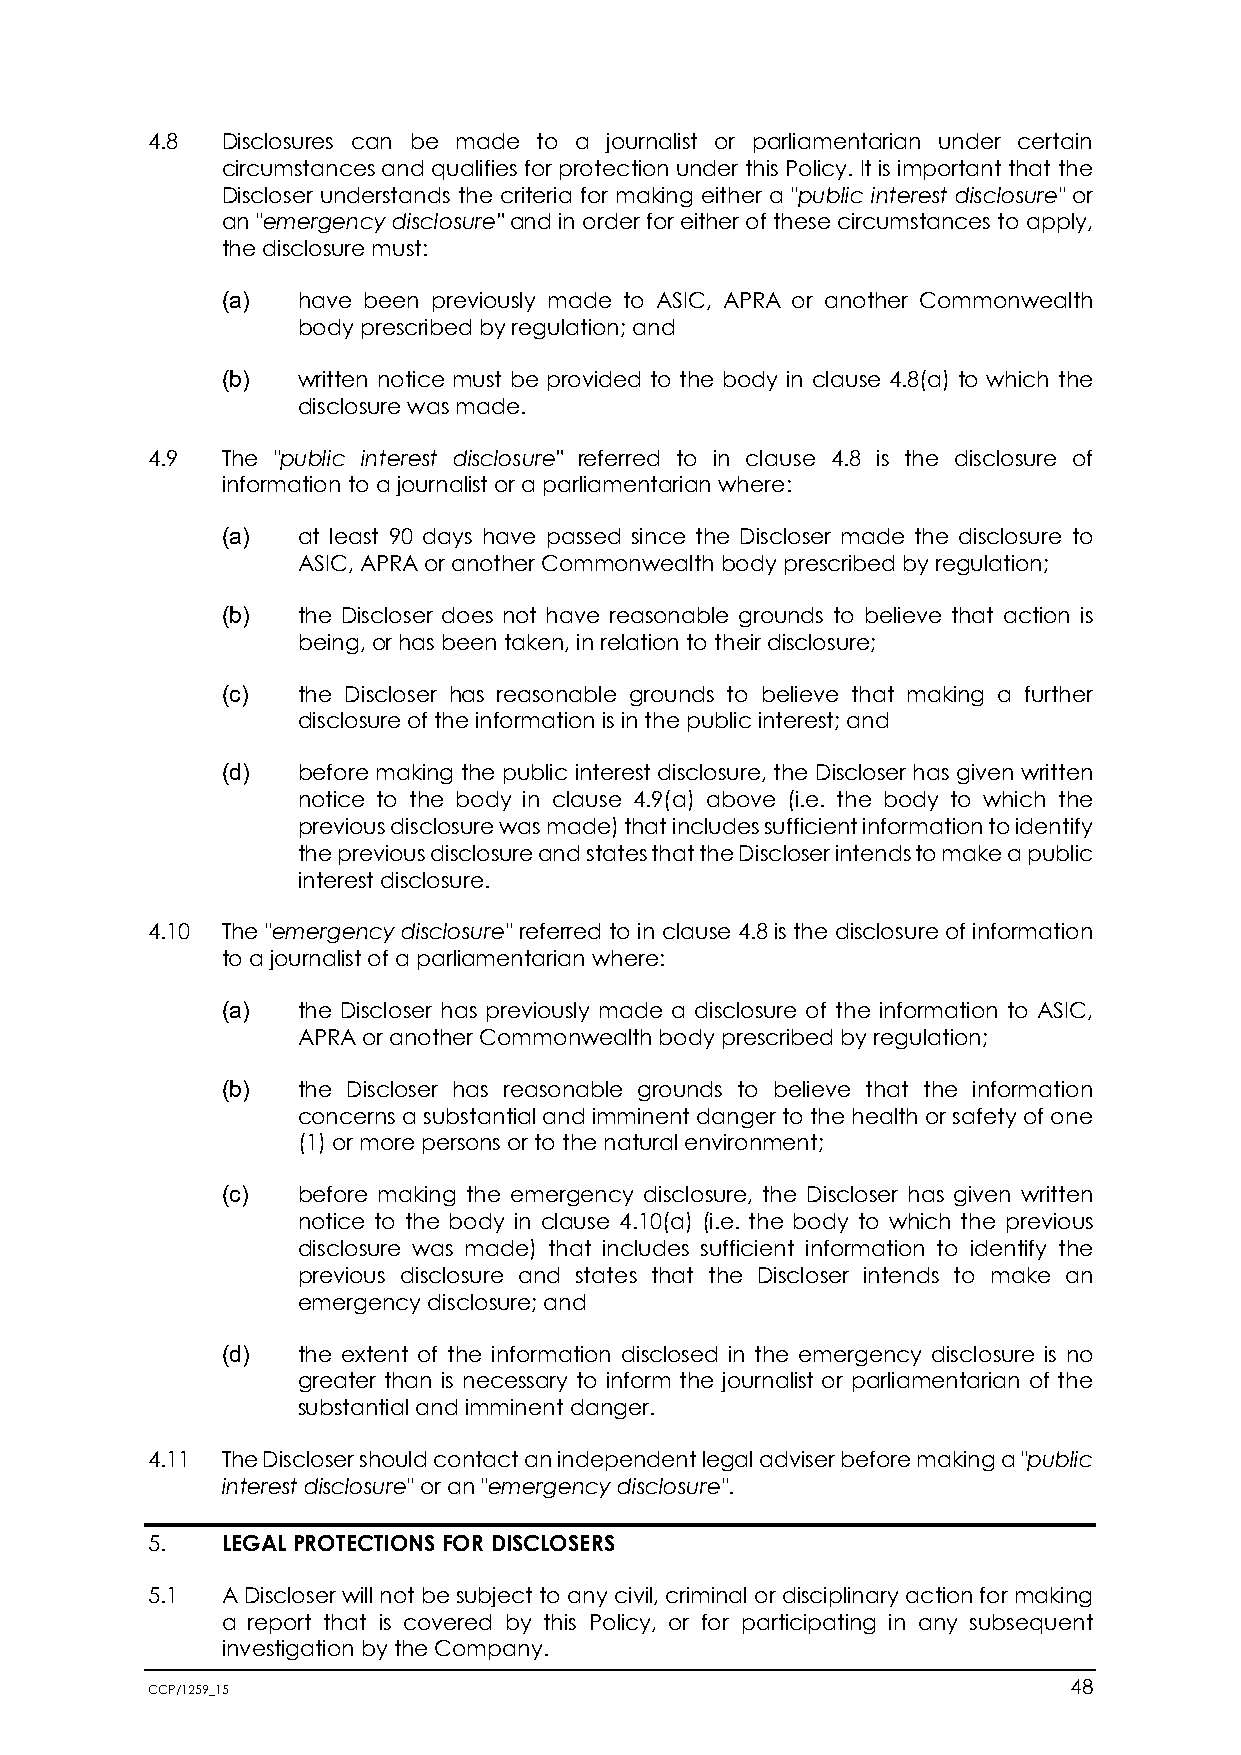
4.8  Disclosures can be made to a journalist or parliamentarian under certain
 circumstances and qualifies for protection under this Policy. It is important that the
 Discloser understands the criteria for making either a "public interest disclosure" or
 an "emergency disclosure" and in order for either of these circumstances to apply,
 the disclosure must:
 (a)  have been previously made to ASIC, APRA or another Commonwealth
 body prescribed by regulation; and
 (b)  written notice must be provided to the body in clause 4.8(a) to which the
 disclosure was made.
 4.9  The "public interest disclosure" referred to in clause 4.8 is the disclosure of
 information to a journalist or a parliamentarian where:
 (a)  at least 90 days have passed since the Discloser made the disclosure to
 ASIC, APRA or another Commonwealth body prescribed by regulation;
 (b)  the Discloser does not have reasonable grounds to believe that action is
 being, or has been taken, in relation to their disclosure;
 (c)  the Discloser has reasonable grounds to believe that making a further
 disclosure of the information is in the public interest; and
 (d)  before making the public interest disclosure, the Discloser has given written
 notice to the body in clause 4.9(a) above (i.e. the body to which the
 previous disclosure was made) that includes sufficient information to identify
 the previous disclosure and states that the Discloser intends to make a public
 interest disclosure.
 4.10 The "emergency disclosure" referred to in clause 4.8 is the disclosure of information
 to a journalist of a parliamentarian where:
 (a)  the Discloser has previously made a disclosure of the information to ASIC,
 APRA or another Commonwealth body prescribed by regulation;
 (b)  the Discloser has reasonable grounds to believe that the information
 concerns a substantial and imminent danger to the health or safety of one
 (1) or more persons or to the natural environment;
 (c)  before making the emergency disclosure, the Discloser has given written
 notice to the body in clause 4.10(a) (i.e. the body to which the previous
 disclosure was made) that includes sufficient information to identify the
 previous disclosure and states that the Discloser intends to make an
 emergency disclosure; and
 (d)  the extent of the information disclosed in the emergency disclosure is no
 greater than is necessary to inform the journalist or parliamentarian of the
 substantial and imminent danger.
 4.11 The Discloser should contact an independent legal adviser before making a "public
 interest disclosure" or an "emergency disclosure".
 5.   LEGAL PROTECTIONS FOR DISCLOSERS
 5.1  A Discloser will not be subject to any civil, criminal or disciplinary action for making
 a report that is covered by this Policy, or for participating in any subsequent
 investigation by the Company.
 CCP/1259_15                                                  48